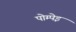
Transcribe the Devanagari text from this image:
पोम्पेइ